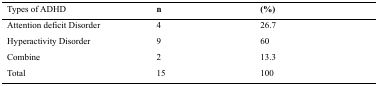
| Types of ADHD | n | (%) |
 | --- | --- | --- |
 | Attention deficit Disorder | 4 | 26.7 |
 | Hyperactivity Disorder | 9 | 60 |
 | Combine | 2 | 13.3 |
 | Total | 15 | 100 |